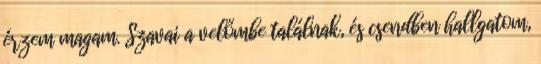
érzem magam. Szavai a velőmbe találnak, és csendben hallgatom,